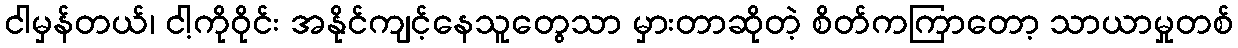
ငါမှန်တယ်၊ ငါ့ကိုဝိုင်း အနိုင်ကျင့်နေသူတွေသာ မှားတာဆိုတဲ့ စိတ်ကကြာတော့ သာယာမှုတစ်